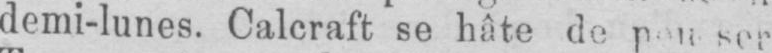
ser